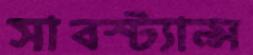
সাবস্ট্যান্স